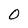
Character: O